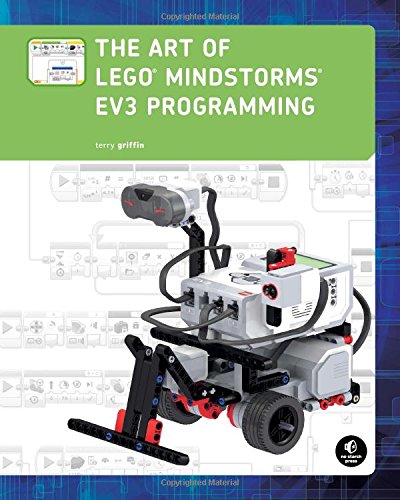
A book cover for The Art of LEGO MINDSTORMS EV3 Programming (Full Color); Terry Griffin; Engineering & Transportation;